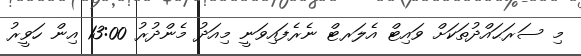
މި ސަރަޙައްދުތަކަށް ވައިޓް އެލަރޓް ނެރެފައިވަނީ މިއަދު މެންދުރު 13:00 އިން ހަވީރު